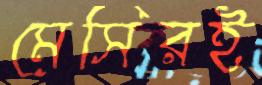
মেসিরই